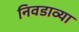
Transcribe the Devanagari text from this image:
निवडाव्या